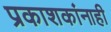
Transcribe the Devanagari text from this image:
प्रकाशकांनाही